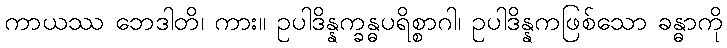
ကာယဿ ဘေဒါတိ၊ ကား။ ဥပါဒိန္နက္ခန္ဓပရိစ္စာဂါ၊ ဥပါဒိန္နကဖြစ်သော ခန္ဓာကို